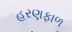
હરણફાળ